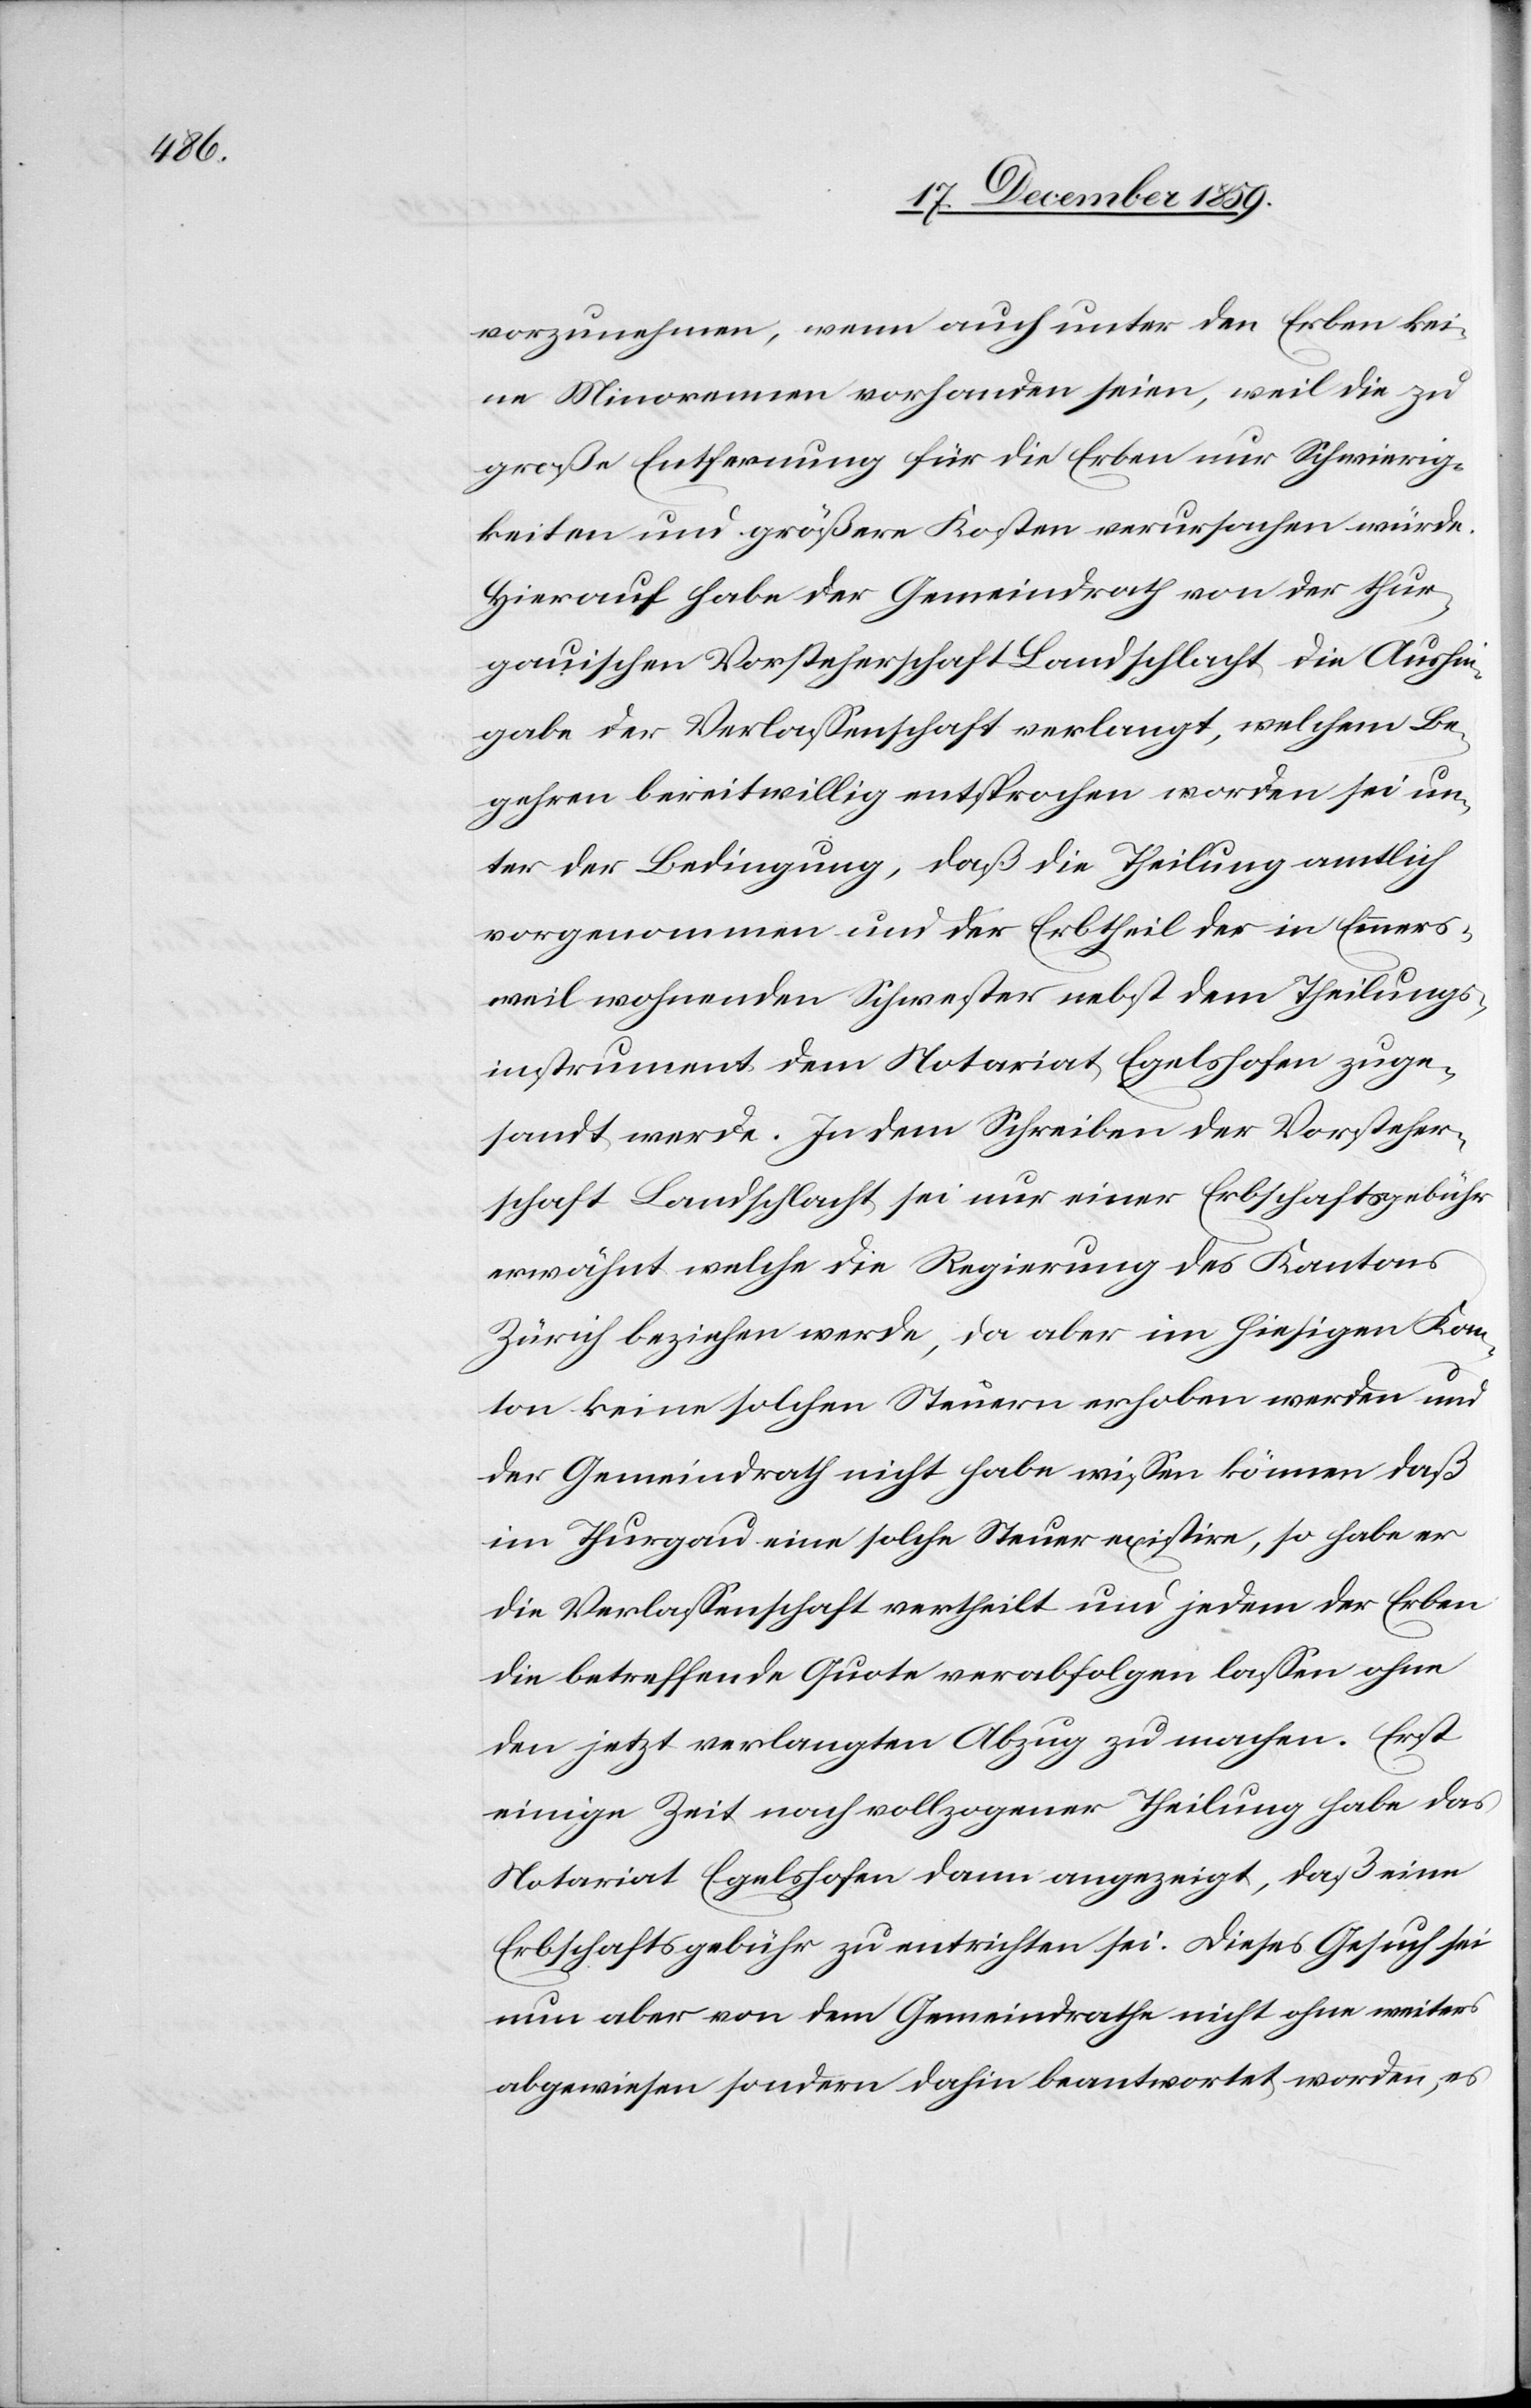
vorzunehmen, wenn auch unter den Erben kei¬
ne Minorennen vorhanden seien, weil die zu
große Entfernung für die Erben nur Schwierig¬
keiten und größere Kosten verursachen würde.
Hierauf hab der Gemeindrath von der thur¬
gauischen Vorsteherschaft Landschlacht die Aushin¬
gabe der Verlassenschaft verlangt, welchem Be¬
gehren bereitwillig entsprochen worden sei un¬
ter der Bedingung, daß die Theilung amtlich
vorgenommen und der Erbtheil der in Emmers¬
weil wohnenden Schwester nebst dem Theilungs¬
instrument dem Notariat Egelshofen zuge¬
sandt werde. In dem Schreiben der Vorsteher¬
schaft Landschlacht sei nur einer [sic!] Erbschaftsgebühr
erwähnt welche die Regierung des Kantons
Zürich beziehen werde, da aber im hiesigen Kan¬
ton keine solchen Steuern erhoben werden und
der Gemeindrath nicht habe wissen können daß
im Thurgau eine solche Steuer existire, so habe er
die Verlassenschaft vertheilt und jedem der Erben
die betreffende Quote verabfolgen lassen ohne
den jetzt verlangten Abzug zu machen. Erst
einige Zeit nach vollzogener Theilung habe das
Notariat Egelshofen dann angezeigt, daß eine
Erbschaftsgebühr zu entrichten sei. Dieses Gesuch sei
nun aber von dem Gemeindrathe nicht ohne weiters
abgewiesen sondern dahin beantwortet worden, es